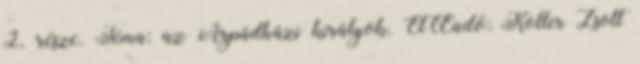
2. része. Téma: az Árpádházi királyok. ElŒadó: Koller Zsolt